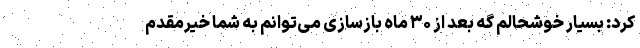
کرد: بسیار خوشحالم گه بعد از ۳۰ ماه بازسازی می‌توانم به شما خیرمقدم